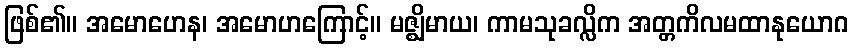
ဖြစ်၏။ အမောဟေန၊ အမောဟကြောင့်။ မဇ္ဈိမာယ၊ ကာမသုခလ္လိက အတ္တကိလမထာနုယောဂ